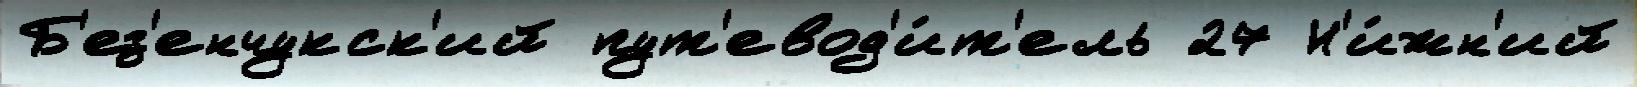
Б'ез'енчукск'ий пут'евод'и́т'ель 27 Н'и́жн'ий